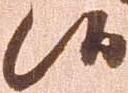
候